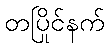
တပြိုင်နက်